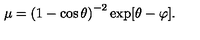
\mu = \left( 1 - \cos \theta \right) ^ { - 2 } \exp [ \theta - \varphi ] .